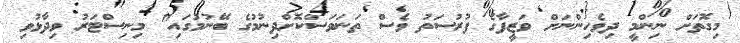
މިގޮތަށް ނިންމީ ދިވެހިންނަށް ވަޒީފާގެ ފުރުސަތު ވެސް ތަނަވަސްކޮށްދިނުމުގެ ބޭނުމުގައި" މިނިސްޓަރު ވިދާޅުވި